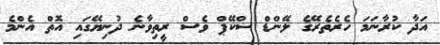
އަދާ ކުރާނަމަ ހެރެތެރޭގެ ލޭންޑް ސްކޭޕް ވެސް ރީތިވާނެ ދުނިޔޭގައި އޮތް އެންމެ